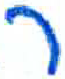
אות: ר